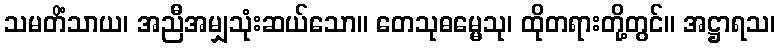
သမတိံသာယ၊ အညီအမျှသုံးဆယ်သော။ တေသုဓမ္မေသု၊ ထိုတရားတို့တွင်။ အဋ္ဌာရသ၊